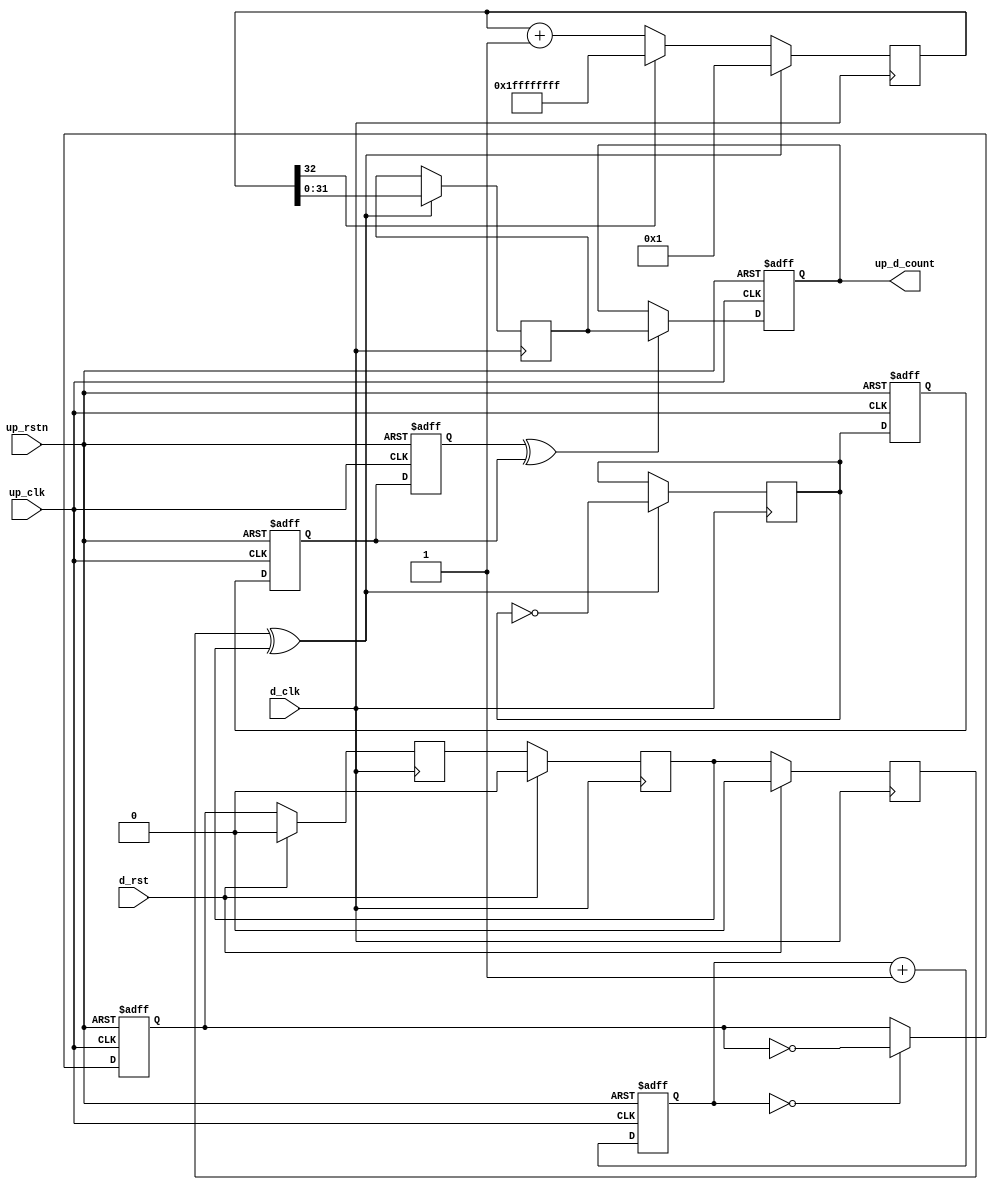
module up_clock_mon (

  // processor interface

  up_rstn,
  up_clk,
  up_d_count,

  // device interface

  d_rst,
  d_clk);

  // processor interface

  input           up_rstn;
  input           up_clk;
  output  [31:0]  up_d_count;

  // device interface

  input           d_rst;
  input           d_clk;

  // internal registers

  reg     [15:0]  up_count = 'd0;
  reg             up_count_toggle = 'd0;
  reg             up_count_toggle_m1 = 'd0;
  reg             up_count_toggle_m2 = 'd0;
  reg             up_count_toggle_m3 = 'd0;
  reg     [31:0]  up_d_count = 'd0;
  reg             d_count_toggle_m1 = 'd0;
  reg             d_count_toggle_m2 = 'd0;
  reg             d_count_toggle_m3 = 'd0;
  reg             d_count_toggle = 'd0;
  reg     [31:0]  d_count_hold = 'd0;
  reg     [32:0]  d_count = 'd0;

  // internal signals

  wire            up_count_toggle_s;
  wire            d_count_toggle_s;

  // processor reference

  assign up_count_toggle_s = up_count_toggle_m3 ^ up_count_toggle_m2;

  always @(negedge up_rstn or posedge up_clk) begin
    if (up_rstn == 0) begin
      up_count <= 'd0;
      up_count_toggle <= 'd0;
      up_count_toggle_m1 <= 'd0;
      up_count_toggle_m2 <= 'd0;
      up_count_toggle_m3 <= 'd0;
      up_d_count <= 'd0;
    end else begin
      up_count <= up_count + 1'b1;
      if (up_count == 16'd0) begin
        up_count_toggle <= ~up_count_toggle;
      end
      up_count_toggle_m1 <= d_count_toggle;
      up_count_toggle_m2 <= up_count_toggle_m1;
      up_count_toggle_m3 <= up_count_toggle_m2;
      if (up_count_toggle_s == 1'b1) begin
        up_d_count <= d_count_hold;
      end
    end
  end

  // device free running

  assign d_count_toggle_s = d_count_toggle_m3 ^ d_count_toggle_m2;

  always @(posedge d_clk) begin
    if (d_rst == 1'b1) begin
      d_count_toggle_m1 <= 'd0;
      d_count_toggle_m2 <= 'd0;
      d_count_toggle_m3 <= 'd0;
    end else begin
      d_count_toggle_m1 <= up_count_toggle;
      d_count_toggle_m2 <= d_count_toggle_m1;
      d_count_toggle_m3 <= d_count_toggle_m2;
    end
  end

  always @(posedge d_clk) begin
    if (d_count_toggle_s == 1'b1) begin
      d_count_toggle <= ~d_count_toggle;
      d_count_hold <= d_count[31:0];
    end
    if (d_count_toggle_s == 1'b1) begin
      d_count <= 33'd1;
    end else if (d_count[32] == 1'b0) begin
      d_count <= d_count + 1'b1;
    end else begin
      d_count <= {33{1'b1}};
    end
  end

endmodule